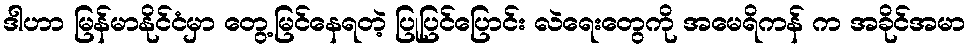
ဒါဟာ မြန်မာနိုင်ငံမှာ တွေ့မြင်နေရတဲ့ ပြုပြင်ပြောင်း လဲရေးတွေကို အမေရိကန် က အခိုင်အမာ